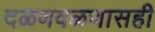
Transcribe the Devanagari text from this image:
दळणवळणासही